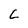
Character: C